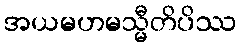
အယမဟမသ္မီတိပိဿ